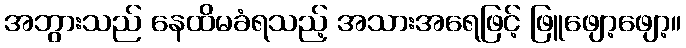
အဘွားသည် နေထိမခံရသည့် အသားအရေဖြင့် ဖြူဖျော့ဖျော့။